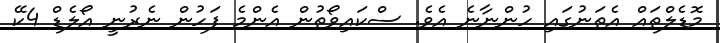
މޮޑެލްތައް އެތަނުގައި ހުންނާނެ އެވެ. ސްކައިވޯތުން އެންމެ ފަހުން ނެރުނީ އޯލެޑް 4ކޭ